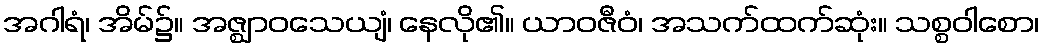
အဂါရံ၊ အိမ်၌။ အဇ္ဈာဝသေယျံ၊ နေလို၏။ ယာဝဇီဝံ၊ အသက်ထက်ဆုံး။ သစ္စဝါစော၊